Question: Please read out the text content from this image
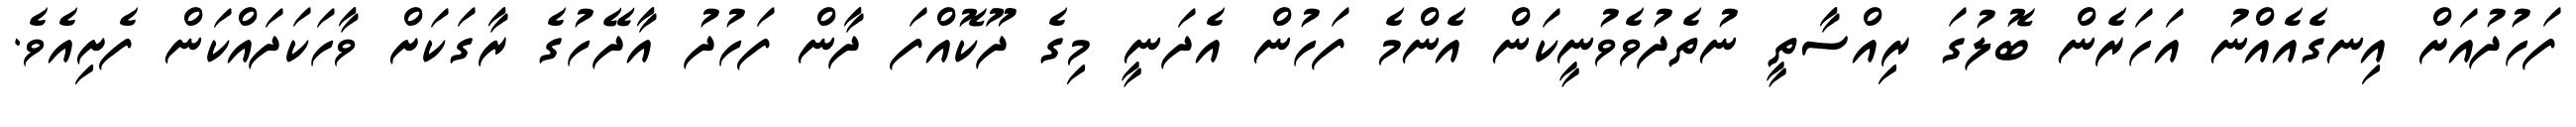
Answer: ފަހުދުއަށް އިނގެއެއްނު އަހަރެން ބޮލުގަ ރިއްސާތީ ނުތެދުވެވުނީކަން އެންމެ ފަހުން އެދަނީ މިގެ ދޫކޮއްފަ ދާން ފަހުދު އާދޭހުގެ ރާގަކަށް ވާހަކަދައްކަން ފެށިއެވެ.